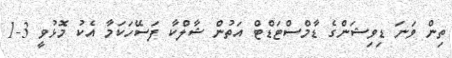
ތިން ވަނަ ޑިވިޝަންގެ ޑާމްސްޓަޑްޓް އަތުން ޝާލްކާ ފަސޭހަކަމާ އެކު މޮޅުވީ 3-1